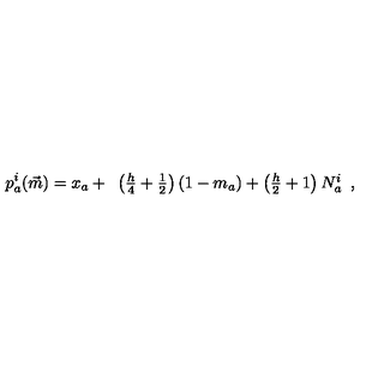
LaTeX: p _ { a } ^ { i } ( \vec { m } ) = x _ { a } + \begin{array} { c } { \left( \frac { h } { 4 } + \frac { 1 } { 2 } \right) \left( 1 - m _ { a } \right) + \left( \frac { h } { 2 } + 1 \right) N _ { a } ^ { i } } \\ \end{array} ,